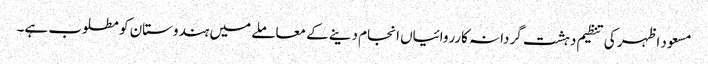
مسعود اظہر کی تنظیم دہشت گردانہ کارروائیاں انجام دینے کے معاملے میں ہندوستان کو مطلوب ہے۔